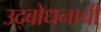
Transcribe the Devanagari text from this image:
उद्बोधनाची